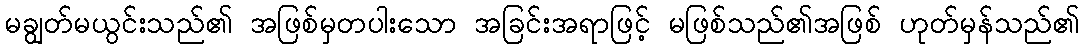
မချွတ်မယွင်းသည်၏ အဖြစ်မှတပါးသော အခြင်းအရာဖြင့် မဖြစ်သည်၏အဖြစ် ဟုတ်မှန်သည်၏